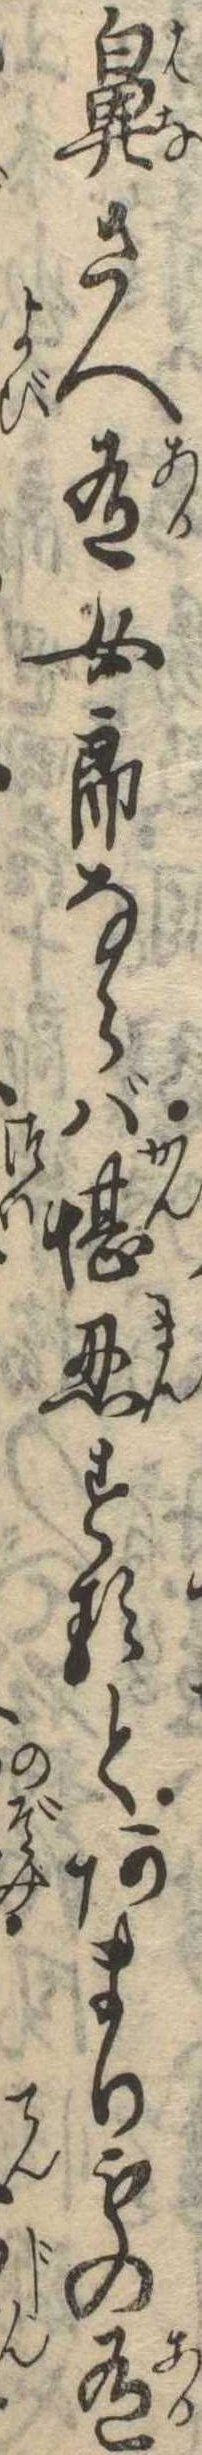
鼻さへ有女郎ならば堪忍するとあまりもの有